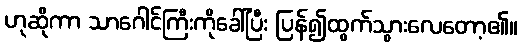
ဟုဆိုကာ သာဂေါင်ကြီးကိုခေါ်ပြီး ပြန်၍ထွက်သွားလေတော့၏။